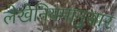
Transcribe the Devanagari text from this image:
लेखेनियमानुसार